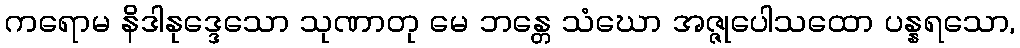
ကရောမ နိဒါနုဒ္ဒေသော သုဏာတု မေ ဘန္တေ သံဃော အဇ္ဇုပေါသထော ပန္နရသော,